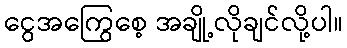
ငွေအကြွေစေ့ အချို့လိုချင်လို့ပါ။